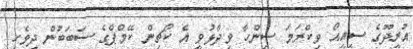
އުރީދޫގެ ސީއީއޯ ވިކްރަމަ ސިންހާ ވިދާޅުވީ އެ ކޯޗިން ކޭމްޕްގެ ސަބަބުން ދިވެހި